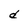
Character: d